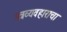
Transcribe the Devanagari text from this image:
पत्रव्यवहाराचा